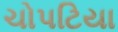
ચોપટિયા